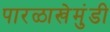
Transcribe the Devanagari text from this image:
पारळाखेमुंडी